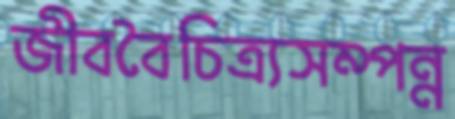
জীববৈচিত্র্যসম্পন্ন